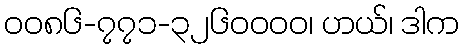
၀၀၈၆-၇၇၁-၃၂၆၀၀၀၀၊ ဟယ်၊ ဒါက